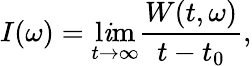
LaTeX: I(\omega)=\operatorname*{l\mathit{i}m}_{t\rightarrow\infty}\frac{{W(t,\omega)}}{{t-t_{0}}},